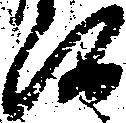
候